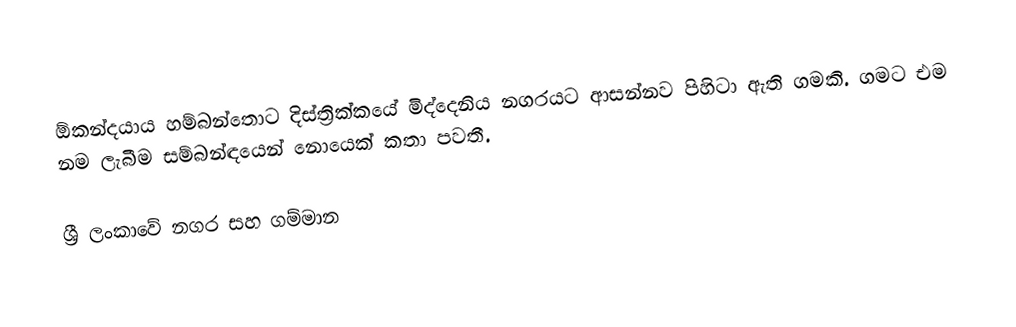
ඕකන්දයාය හම්බන්තොට දිස්ත්‍රික්කයේ මිද්දෙනිය නගරයට ආසන්නව පිහිටා ඇති ගමකි. ගමට එම නම ලැබීම සම්බන්ඳයෙන් නොයෙක් කතා පවතී.

 ශ්‍රී ලංකාවේ නගර සහ ගම්මාන